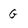
Character: g